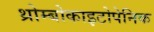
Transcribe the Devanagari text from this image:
थ्रोम्बोकाइटोपेनिक